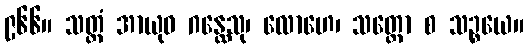
၉၆၆။ သတ္ထံ အာယုဓ ဂန္ထေသု၊ လောဟေ၊ သတ္ထော စ သဉ္စယေ။